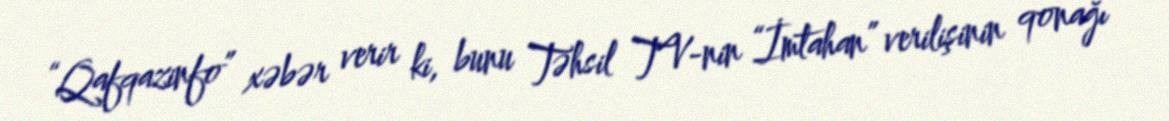
“Qafqazinfo” xəbər verir ki, bunu Təhsil TV-nin “İmtahan” verilişinin qonağı